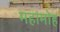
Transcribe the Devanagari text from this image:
महामोह